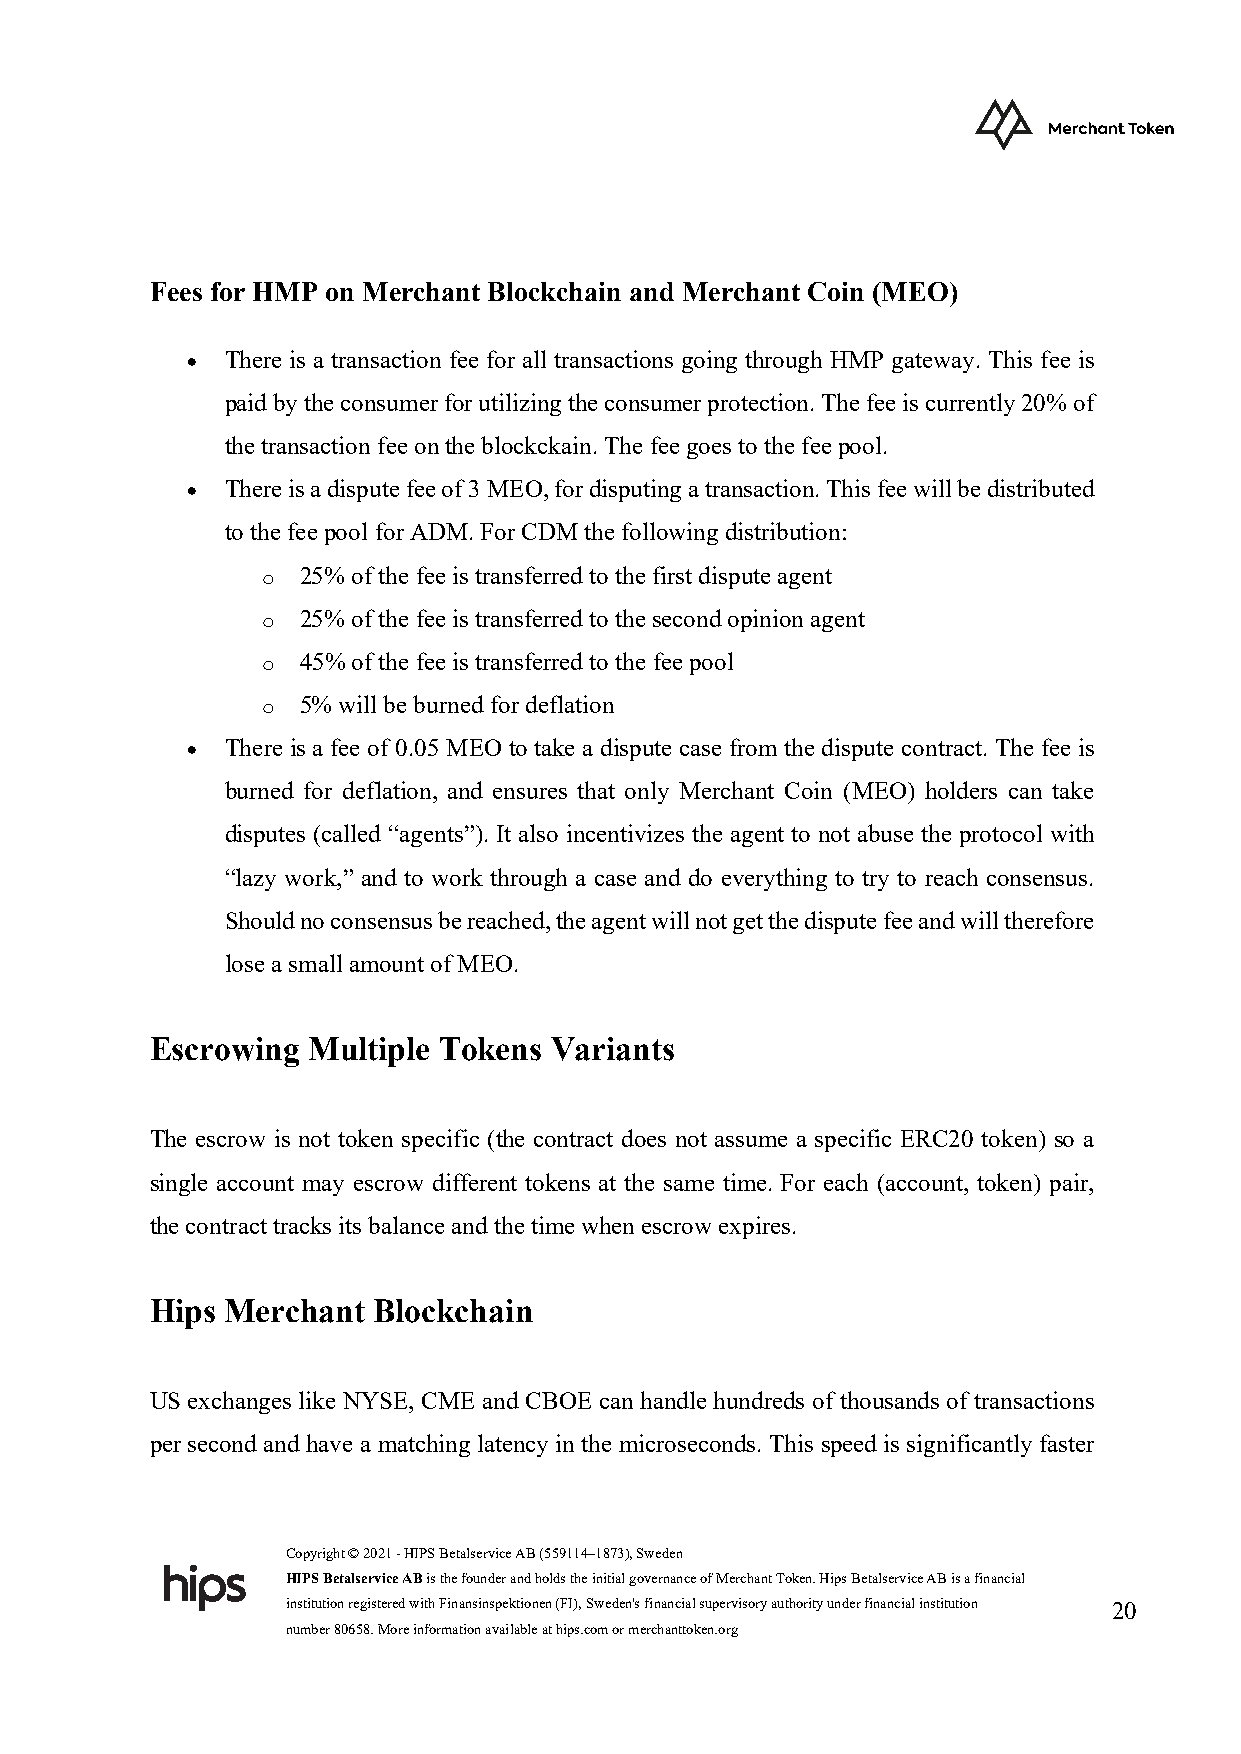
Fees for HMP on Merchant Blockchain and Merchant Coin (MEO)
 •  There is a transaction fee for all transactions going through HMP gateway. This fee is
 paid by the consumer for utilizing the consumer protection. The fee is currently 20% of
 the transaction fee on the blockckain. The fee goes to the fee pool.
 •  There is a dispute fee of 3 MEO, for disputing a transaction. This fee will be distributed
 to the fee pool for ADM. For CDM the following distribution:
 o  25% of the fee is transferred to the first dispute agent
 o  25% of the fee is transferred to the second opinion agent
 o  45% of the fee is transferred to the fee pool
 o  5% will be burned for deflation
 •  There is a fee of 0.05 MEO to take a dispute case from the dispute contract. The fee is
 burned for deflation, and ensures that only Merchant Coin (MEO) holders can take
 disputes (called “agents”). It also incentivizes the agent to not abuse the protocol with
 “lazy work,” and to work through a case and do everything to try to reach consensus.
 Should no consensus be reached, the agent will not get the dispute fee and will therefore
 lose a small amount of MEO.
 Escrowing Multiple Tokens Variants
 The escrow is not token specific (the contract does not assume a specific ERC20 token) so a
 single account may escrow different tokens at the same time. For each (account, token) pair,
 the contract tracks its balance and the time when escrow expires.
 Hips Merchant  Blockchain
 US exchanges like NYSE, CME and CBOE can handle hundreds of thousands of transactions
 per second and have a matching latency in the microseconds. This speed is significantly faster
 Copyright © 2021 - HIPS Betalservice AB (559114–1873), Sweden
 HIPS Betalservice AB is the founder and holds the initial governance of Merchant Token. Hips Betalservice AB is a financial
 institution registered with Finansinspektionen (FI), Sweden's financial supervisory authority under financial institution 20
 number 80658. More information available at hips.com or merchanttoken.org